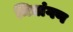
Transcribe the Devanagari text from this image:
मित्रांगण